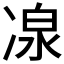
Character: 𠗯